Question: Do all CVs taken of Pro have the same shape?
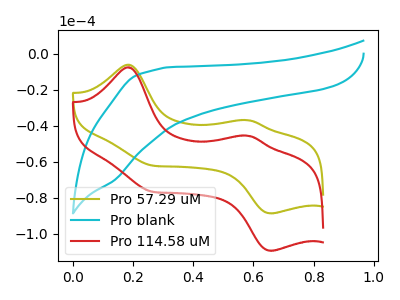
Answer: <think>The olive curve "Pro 57.29 uM" has anodic peaks at (0.20V, -6.10uA) (0.60V, -36.85uA) and cathodic peaks at (0.25V, -61.85uA) (0.65V, -88.60uA). The cyan curve "Pro blank" has no peaks. The red curve "Pro 114.58 uM" has anodic peaks at (0.20V, -7.55uA) (0.60V, -45.45uA) and cathodic peaks at (0.25V, -76.35uA) (0.65V, -109.35uA).
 "Pro 57.29 uM" and "Pro blank" have a different number of peaks. All the peaks in "Pro 57.29 uM" have a peak in "Pro 114.58 uM" at the same potential. "Pro blank" and "Pro 114.58 uM" have a different number of peaks.</think>
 <answer>All the CV's of "Pro" have similar shape.</answer>
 <eval>follow_rule</eval>